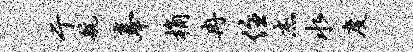
亍航奉桷冉住杰水度